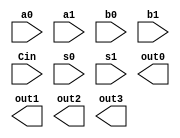
`timescale 1ns / 1ps
//////////////////////////////////////////////////////////////////////////////////
// Company: 
// Engineer: 
// 
// Design Name: 
// Module Name:    ALU 
// Project Name: 
// Target Devices: 
// Tool versions: 
// Description: 
//
// Dependencies: 
//
// Revision: 
// Revision 0.01 - File Created
// Additional Comments: 
//
//////////////////////////////////////////////////////////////////////////////////
module ALU(
    input a0,
    input a1,
    input b0,
    input b1,
    input Cin,
    input s0,
    input s1,
    output out0,
    output out1,
    output out2,
    output out3
    );


endmodule